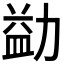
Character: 𪟢